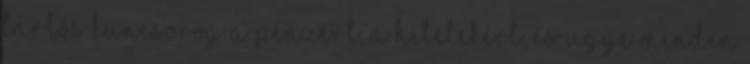
tarlós kuncsorog a pénzért, a hitelekért, és ugye minden